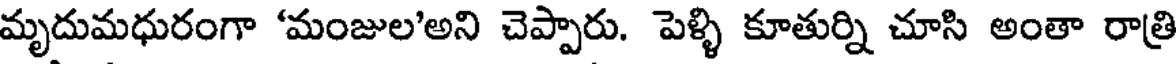
మృదుమధురంగా 'మంజుల'అని చెప్పారు. పెళ్ళి కూతుర్ని చూసి అంతా రాత్రి